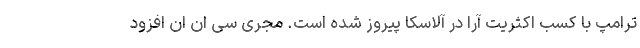
ترامپ با کسب اکثریت آرا در آلاسکا پیروز شده است. مجری سی ان ان افزود